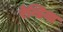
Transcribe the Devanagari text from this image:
रेन्डिया